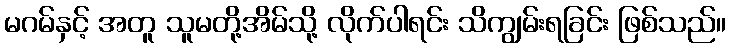
မဂမ်နှင့် အတူ သူမတို့အိမ်သို့ လိုက်ပါရင်း သိကျွမ်းရခြင်း ဖြစ်သည်။